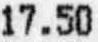
17.50